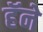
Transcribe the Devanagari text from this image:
हॅने